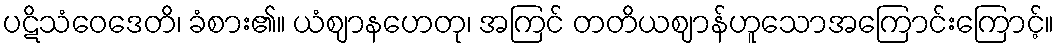
ပဋိသံဝေဒေတိ၊ ခံစား၏။ ယံဈာနဟေတု၊ အကြင် တတိယဈာန်ဟူသောအကြောင်းကြောင့်။